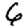
Digit: 6